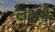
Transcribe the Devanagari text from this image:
लक्ष्म्यै